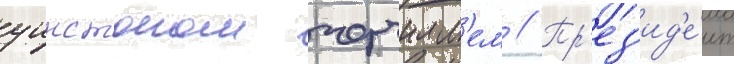
уинстоном черчилл'ем // Пр'ез'ид'е́нт